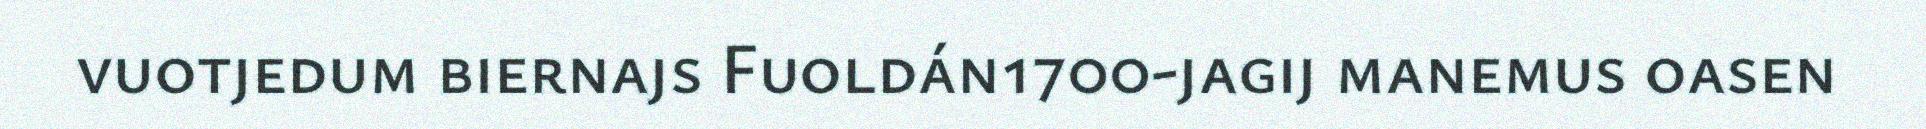
vuotjedum biernajs Fuoldán1700-jagij manemus oasen